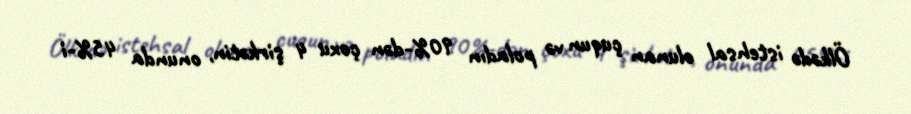
Ölkədə istehsal olunan çuqun və poladın 90%-dən çoxu 4 şirkətin, onunda 45%-i